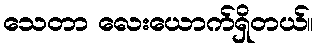
သေတာ လေးယောက်ရှိတယ်။